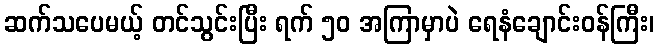
ဆက်သပေမယ့် တင်သွင်းပြီး ရက် ၅၀ အကြာမှာပဲ ရေနံချောင်းဝန်ကြီး၊